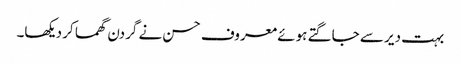
بہت دیر سے جاگتے ہوئے معروف حسن نے گردن گھما کر دیکھا۔